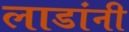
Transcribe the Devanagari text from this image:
लाडांनी